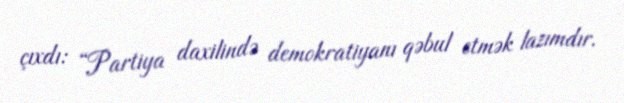
çıxdı: “Partiya daxilində demokratiyanı qəbul etmək lazımdır.